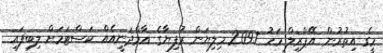
މީގެ އިތުރުން އޭޕްރިލް މަހު 209.7 މިލިޔަން ރުފިޔާގެ އާމްދަނީއެއް ކަސްޓަމަށް ލިިބިފައި